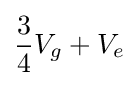
{\frac {3}{4}}V_{g}+V_{e}